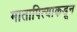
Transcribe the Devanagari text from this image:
मातापित्याकडून